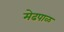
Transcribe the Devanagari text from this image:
मेढपाळ